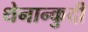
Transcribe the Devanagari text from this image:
थेनान्कुदी